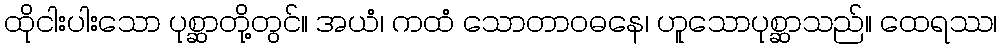
ထိုငါးပါးသော ပုစ္ဆာတို့တွင်။ အယံ၊ ကထံ သောတာဝဓနေ၊ ဟူသောပုစ္ဆာသည်။ ထေရဿ၊